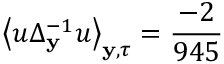
\left\langle u \Delta _ { \mathbf { y } } ^ { - 1 } u \right\rangle _ { \mathbf { y } , \tau } = \frac { - 2 } { 9 4 5 }